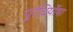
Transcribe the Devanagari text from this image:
पुरंध्रिर्योषा